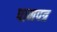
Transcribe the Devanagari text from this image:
पानपत्र